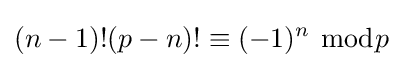
(n-1)!(p-n)!\equiv (-1)^{n}\ {\bmod {p}}